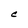
Character: C